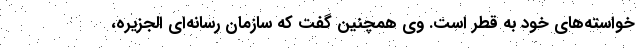
خواسته‌های خود به قطر است. وی همچنین گفت که سازمان رسانه‌ای الجزیره،